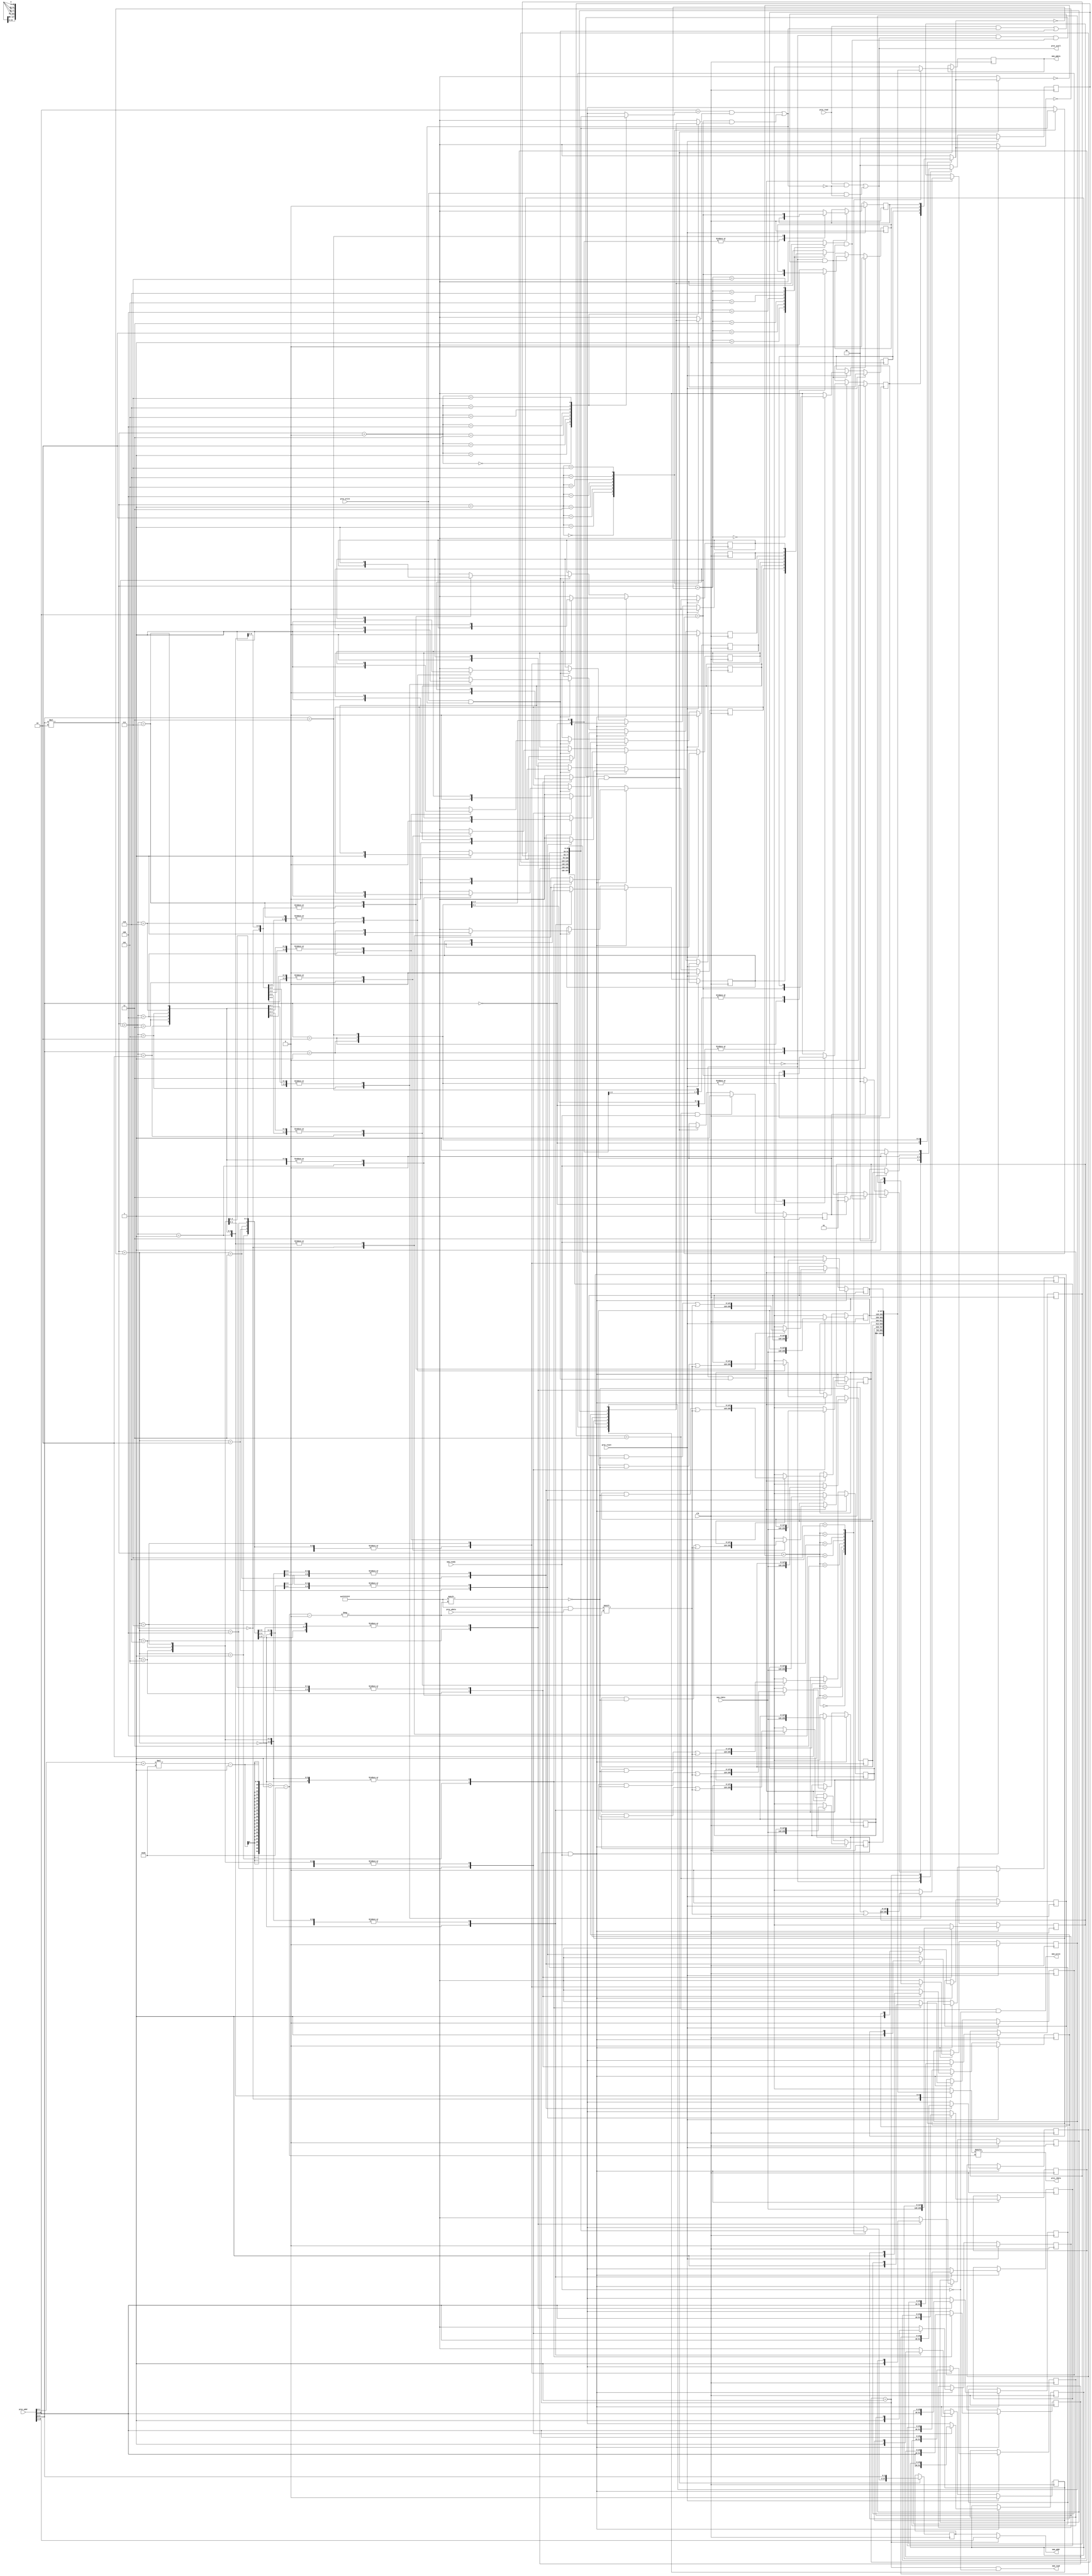
module cache(
    clk,
    proc_reset,
    proc_read,
    proc_write,
    proc_addr,
    proc_rdata,
    proc_wdata,
    proc_stall,
    mem_read,
    mem_write,
    mem_addr,
    mem_rdata,
    mem_wdata,
    mem_ready
);
    

    input          clk;

    // processor interface
    input          proc_reset;
    input          proc_read, proc_write;
    input   [29:0] proc_addr; //4 bytes address, less 2 bits for block offset, 2 bits for modulo, others 26 bits for tag
    input   [31:0] proc_wdata;
    output         proc_stall;
    output  [31:0] proc_rdata;

    // memory interface
    input  [127:0] mem_rdata;
    input          mem_ready;
    output         mem_read, mem_write;
    output  [27:0] mem_addr;
    output [127:0] mem_wdata;

    reg    [2-1:0] state_r;
    reg    [2-1:0] state_w;

    reg  [128-1:0] cache_r[0:4-1][0:2-1]; //A word contains 4 bytes, a block contains 4 words, 8 blocks
    reg  [128-1:0] cache_w[0:4-1][0:2-1]; //A word contains 4 bytes, a block contains 4 words, 8 blocks
 
    reg            valid_r[0:4-1][0:2-1]; //valid bits for blocks
    reg            valid_w[0:4-1][0:2-1]; //valid bits for blocks

    reg            modified_r[0:4-1][0:2-1]; //modified bits for blocks
    reg            modified_w[0:4-1][0:2-1]; //modified bits for blocks

    reg   [26-1:0] tag_r[0:4-1][0:2-1]; //tag bits for blocks
    reg   [26-1:0] tag_w[0:4-1][0:2-1]; //tag bits for blocks
 
    reg            recent_r[0:4-1]; //recent bit for blocks, 1'b0 means cache_r[proc_modulo][0] is recently taken
    reg            recent_w[0:4-1]; //recent bit for blocks

    wire  [26-1:0] proc_tag;
    wire   [2-1:0] proc_modulo;
    wire   [2-1:0] proc_offset;

    reg  [128-1:0] write_buffer_r;
    reg  [128-1:0] write_buffer_w;
    reg   [28-1:0] write_buffer_tag_and_modulo_r;
    reg   [28-1:0] write_buffer_tag_and_modulo_w;
    reg            write_buffer_empty_r;
    reg            write_buffer_empty_w;

    wire           stall; //stall due to nonempty write buffer

    wire           hit;
    wire           read_miss;
    wire           read_hit;
    wire           write_miss;
    wire           write_hit;
    wire           old_valid_and_modified;

    wire           index;

    integer        i, j;

    parameter      STATE_READY = 2'd0;
    parameter      STATE_READ  = 2'd1; //Read from memory
    parameter      STATE_WRITE = 2'd3; //Write to memory

    //Unfold processor address into tag, modulo and offset
    assign proc_tag = proc_addr[26+2+2-1:2+2];
    assign proc_modulo = proc_addr[2+2-1:2];
    assign proc_offset = proc_addr[2-1:0];

    //Control signal
    assign index = proc_tag == tag_r[proc_modulo][1];
    assign hit = (proc_tag == tag_r[proc_modulo][0] && valid_r[proc_modulo][0]) || (proc_tag == tag_r[proc_modulo][1] && valid_r[proc_modulo][1]);
    assign read_hit = proc_read && hit;
    assign read_miss = proc_read && !hit;
    assign write_hit = proc_write && hit;
    assign write_miss = proc_write && !hit;
    assign old_valid_and_modified = valid_r[proc_modulo][~ recent_r[proc_modulo]] && modified_r[proc_modulo][~ recent_r[proc_modulo]];
    assign stall = read_miss || write_miss;

    //Handle state_r (FSM)
    always @(*) begin
        case (state_r)
            STATE_READY:
                if (read_miss || write_miss) begin
                    if (old_valid_and_modified) begin //need write back modified data
                        if (write_buffer_empty_r) begin //write data to write buffer if the buffer is empty and read first
                            state_w = STATE_READ;
                        end
                        else begin //write back write buffer to memory if the buffer is nonempty
                            state_w = STATE_WRITE;
                        end
                    end
                    else begin //data not modified and no need to write memory
                        state_w = STATE_READ;
                    end
                end
                else if (write_buffer_empty_r == 1'b0) begin //if no sequential miss, write the buffer back
                    state_w = STATE_WRITE;
                end
                else begin //no miss and no data in write buffer
                    state_w = STATE_READY;
                end
            STATE_WRITE:
                if (mem_ready) begin //write memory finish
                    state_w = STATE_READY;
                end
                else begin //write memory not finish
                    state_w = STATE_WRITE;
                end
            STATE_READ:
                if (mem_ready) begin //read memory finish
                    state_w = STATE_READY;
                end
                else begin //read memory not finish
                    state_w = STATE_READ;
                end
            default: //dead zone
                state_w = STATE_READY;
        endcase
    end

    always@(posedge clk) begin
        if(proc_reset) begin
            state_r <= STATE_READY;
        end
        else begin
            state_r <= state_w;
        end
    end
    
    //Handle write_buffer_empty_r
    always @(*) begin
        write_buffer_empty_w = write_buffer_empty_r;
        if (state_r == STATE_WRITE && mem_ready) begin //if write finish, set write buffer empty yo true
            write_buffer_empty_w = 1'b1;
        end
        else if (state_r == STATE_READY && (read_miss || write_miss) && old_valid_and_modified && write_buffer_empty_r) begin //in ready state, if miss and old data valid and modified and at the same time the write buffer is empty, accomodate the old date 
            write_buffer_empty_w = 1'b0;
        end
    end

    always@(posedge clk) begin
        if(proc_reset) begin
            write_buffer_empty_r <= 1'b1;
        end
        else begin
            write_buffer_empty_r <= write_buffer_empty_w;
        end
    end

    //Handle write_buffer_r
    always @(*) begin
        write_buffer_w = write_buffer_r;
        write_buffer_tag_and_modulo_w = write_buffer_tag_and_modulo_r;
        if (state_r == STATE_READY && (read_miss || write_miss) && old_valid_and_modified && write_buffer_empty_r) begin //in ready state, if miss and old data valid and modified and at the same time the write buffer is empty, accomodate the old date 
           write_buffer_w = cache_r[proc_modulo][~ recent_r[proc_modulo]];
           write_buffer_tag_and_modulo_w = {tag_r[proc_modulo][~ recent_r[proc_modulo]], proc_modulo};
        end
    end

    always @(posedge clk) begin
        write_buffer_r <= write_buffer_w;
        write_buffer_tag_and_modulo_r <= write_buffer_tag_and_modulo_w;
    end

    //Handle cache_r
    always @(*) begin
        for (i = 0; i < 4; i = i + 1) begin
            for (j = 0; j < 2; j = j + 1) begin
                cache_w[i][j] = cache_r[i][j];
            end
        end
        if (state_r == STATE_READ && mem_ready) begin
            cache_w[proc_modulo][~ recent_r[proc_modulo]] = mem_rdata;
        end
        else if (state_r == STATE_READY && write_hit) begin
            cache_w[proc_modulo][index][(proc_offset+1)*32-1-:32] = proc_wdata;
        end
    end

    always@(posedge clk) begin
        for (i = 0; i < 4; i = i + 1) begin
            for (j = 0; j < 2; j = j + 1) begin
                cache_r[i][j] <= cache_w[i][j];
            end
        end
    end

    //Handle valid_r
    always @(*) begin
        for (i = 0; i < 4; i = i + 1) begin
            for (j = 0; j < 2; j = j + 1) begin
                valid_w[i][j] = valid_r[i][j];
            end
        end
        if (state_r == STATE_READ && mem_ready) begin
            valid_w[proc_modulo][~ recent_r[proc_modulo]] = 1'b1;
        end
    end

    always@(posedge clk) begin
        if(proc_reset) begin
            for (i = 0; i < 4; i = i + 1) begin
                for (j = 0; j < 2; j = j + 1) begin
                    valid_r[i][j] <= 1'b0;
                end
            end
        end
        else begin
            for (i = 0; i < 4; i = i + 1) begin
                for (j = 0; j < 2; j = j + 1) begin
                    valid_r[i][j] <= valid_w[i][j];
                end
            end
        end
    end

    //Handle tag_r
    always @(*) begin
        for (i = 0; i < 4; i = i + 1) begin
            for (j = 0; j < 2; j = j + 1) begin
                tag_w[i][j] = tag_r[i][j];
            end
        end
        if (state_r == STATE_READ && mem_ready) begin
            tag_w[proc_modulo][~ recent_r[proc_modulo]] = proc_tag;
        end
    end

    always@(posedge clk) begin
        for (i = 0; i < 4; i = i + 1) begin
            for (j = 0; j < 2; j = j + 1) begin
                tag_r[i][j] <= tag_w[i][j];
            end
        end
    end

    //Handle recent_r
    always @(*) begin
        for (i = 0; i < 4; i = i + 1) begin
            recent_w[i] = recent_r[i];
        end
        if (state_r == STATE_READY && (read_hit || write_hit)) begin
            recent_w[proc_modulo] = index;
        end
    end

    always@(posedge clk) begin
        if(proc_reset) begin
            for (i = 0; i < 4; i = i + 1) begin
                recent_r[i] <= 1'b0;
            end
        end
        else begin
            for (i = 0; i < 4; i = i + 1) begin
                recent_r[i] <= recent_w[i];
            end
        end
    end

    //Handle modified_r
    always @(*) begin
        for (i = 0; i < 4; i = i + 1) begin
            for (j = 0; j < 2; j = j + 1) begin
                modified_w[i][j] = modified_r[i][j];
            end
        end
        if (state_r == STATE_READ && mem_ready) begin
            modified_w[proc_modulo][~ recent_r[proc_modulo]] = 1'b0;
        end
        else 
        if (write_hit) begin
            modified_w[proc_modulo][index] = 1'b1;
        end
    end

    always@(posedge clk) begin
        if(proc_reset) begin
            for (i = 0; i < 4; i = i + 1) begin
                for (j = 0; j < 2; j = j + 1) begin
                    modified_r[i][j] <= 1'b0;
                end
            end
        end
        else begin
            for (i = 0; i < 4; i = i + 1) begin
                for (j = 0; j < 2; j = j + 1) begin
                    modified_r[i][j] <= modified_w[i][j];
                end
            end
        end
    end

    //Output
    assign proc_stall = stall;
    assign proc_rdata = cache_r[proc_modulo][index][(proc_offset+1)*32-1-:32];
    assign mem_read = state_r == STATE_READ & ~ mem_ready;
    assign mem_write = state_r == STATE_WRITE & ~ mem_ready;
    assign mem_addr = state_r == STATE_READ ? {proc_tag, proc_modulo} : write_buffer_tag_and_modulo_r;
    assign mem_wdata = write_buffer_r;
endmodule